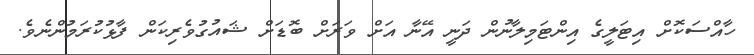
ހާއްސަކޮށް އިޓަލީގެ އިންޓަމިލާނުން ދަނީ އޭނާ އަށް ވަރަށް ބޮޑަށް ޝައުގުވެރިކަން ފާޅުކުރަމުންނެވެ.